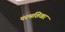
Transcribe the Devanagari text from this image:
परमशिखर